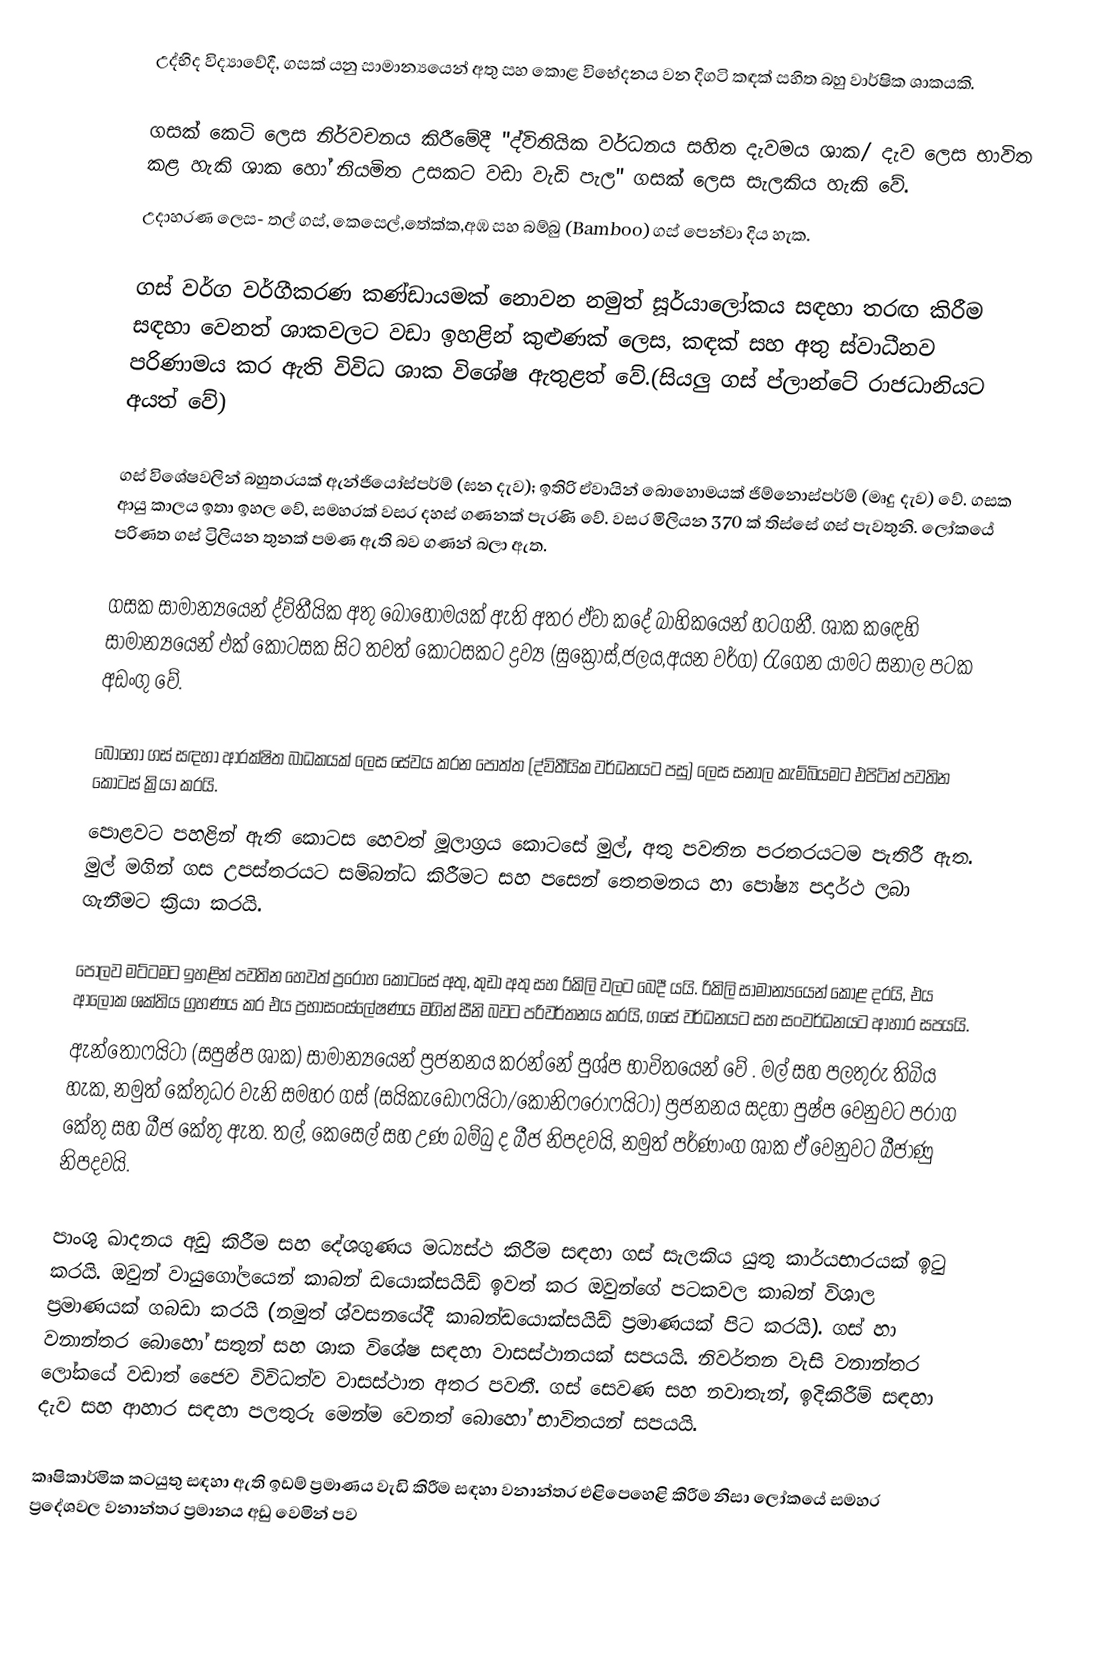
උද්භිද  විද්‍යාවේදී, ගසක් යනු සාමාන්‍යයෙන් අතු සහ කොළ විභේදනය වන දිගටි කඳක් සහිත බහු වාර්ෂික ශාකයකි.

ගසක් කෙටි ලෙස නිර්වචනය කිරීමේදී  "ද්විතියික වර්ධනය සහිත දැවමය ශාක/ දැව ලෙස භාවිත කළ හැකි ශාක හෝ නියමිත උසකට වඩා වැඩි පැල" ගසක් ලෙස සැලකිය හැකි වේ.
උදාහරණ ලෙස- තල් ගස්, කෙසෙල්,තේක්ක,අඹ සහ බම්බු (Bamboo) ගස් පෙන්වා දිය හැක.

ගස් වර්ග වර්ගීකරණ කණ්ඩායමක් නොවන නමුත් සූර්යාලෝකය සඳහා තරඟ කිරීම සඳහා වෙනත් ශාකවලට වඩා ඉහළින් කුළුණක් ලෙස, කඳක් සහ අතු ස්වාධීනව පරිණාමය කර ඇති විවිධ ශාක විශේෂ ඇතුළත් වේ.(සියලු ගස් ප්ලාන්ටේ රාජධානියට අයත් වේ)

ගස් විශේෂවලින් බහුතරයක් ඇන්ජියෝස්පර්ම් (ඝන දැව); ඉතිරි ඒවායින් බොහොමයක් ජිම්නොස්පර්ම් (මෘදු දැව) වේ. ගසක ආයු කාලය ඉතා ඉහල වේ, සමහරක් වසර දහස් ගණනක් පැරණි වේ. වසර මිලියන 370 ක් තිස්සේ ගස් පැවතුනි. ලෝකයේ පරිණත ගස් ට්‍රිලියන තුනක් පමණ ඇති බව ගණන් බලා ඇත.

ගසක සාමාන්‍යයෙන් ද්විතීයික අතු බොහෝමයක් ඇති අතර ඒවා කදේ බාහිකයෙන් හටගනී. ශාක කඳෙහි සාමාන්‍යයෙන් එක් කොටසක සිට තවත් කොටසකට ද්‍රව්‍ය (සුක්‍රෝස්,ජලය,අයන වර්ග) රැගෙන යාමට සනාල පටක අඩංගු වේ.

බොහෝ ගස් සඳහා ආරක්ෂිත බාධකයක් ලෙස සේවය කරන පොත්ත (ද්විතීයික වර්ධනයට පසු) ලෙස සනාල කැම්බියමට එපිටින් පවතින කොටස් ක්‍රියා කරයි.
 පොළවට පහළින් ඇති කොටස හෙවත් මූලාග්‍රය කොටසේ මුල්, අතු පවතින පරතරයටම පැතිරී ඇත. මුල් මගින් ගස උපස්තරයට සම්බන්ධ කිරීමට සහ පසෙන් තෙතමනය හා පෝෂ්‍ය පදාර්ථ ලබා ගැනීමට ක්‍රියා කරයි.

 පොලව මට්ටමට ඉහළින් පවතින හෙවත් ප්‍රරෝහ කොටසේ අතු,  කුඩා අතු සහ රිකිලි වලට බෙදී යයි. රිකිලි සාමාන්‍යයෙන් කොළ දරයි, එය ආලෝක ශක්තිය ග්‍රහණය කර එය ප්‍රභාසංස්ලේෂණය මගින් සීනි බවට පරිවර්තනය කරයි, ගසේ වර්ධනයට සහ සංවර්ධනයට ආහාර සපයයි.
ඇන්තොෆයිටා (සපුෂ්ප ශාක)  සාමාන්‍යයෙන් ප්‍රජනනය කරන්නේ පුශ්ප  භාවිතයෙන් වේ . මල් සහ පලතුරු තිබිය හැක, නමුත් කේතුධර වැනි සමහර ගස් (සයිකැඩෝෆයිටා/කොනිෆරෝෆයිටා) ප්‍රජනනය සදහා පුෂ්ප වෙනුවට පරාග කේතු සහ බීජ කේතු ඇත. තල්, කෙසෙල් සහ උණ බම්බු ද බීජ නිපදවයි, නමුත් පර්ණාංග ශාක ඒ වෙනුවට බීජාණු නිපදවයි.

පාංශු ඛාදනය අඩු කිරීම සහ දේශගුණය මධ්‍යස්ථ කිරීම සඳහා ගස් සැලකිය යුතු කාර්යභාරයක් ඉටු කරයි. ඔවුන් වායුගෝලයෙන් කාබන් ඩයොක්සයිඩ් ඉවත් කර ඔවුන්ගේ පටකවල කාබන් විශාල ප්‍රමාණයක් ගබඩා කරයි (නමුත් ශ්වසනයේදී කාබන්ඩයොක්සයිඩ් ප්‍රමාණයක් පිට කරයි). ගස් හා වනාන්තර බොහෝ සතුන් සහ ශාක විශේෂ සඳහා වාසස්ථානයක් සපයයි. නිවර්තන වැසි වනාන්තර ලෝකයේ වඩාත් ජෛව විවිධත්ව වාසස්ථාන අතර පවතී. ගස් සෙවණ සහ නවාතැන්, ඉදිකිරීම් සඳහා දැව සහ ආහාර සඳහා පලතුරු මෙන්ම වෙනත් බොහෝ භාවිතයන් සපයයි.

කෘෂිකාර්මික කටයුතු සඳහා ඇති ඉඩම් ප්‍රමාණය වැඩි කිරීම සඳහා වනාන්තර එළිපෙහෙළි කිරීම නිසා ලෝකයේ සමහර ප්‍රදේශවල වනාන්තර ප්‍රමානය අඩු වෙමින් පව